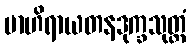
ဗာဟိရာယတနဒုက္ခသုတ္တံ